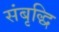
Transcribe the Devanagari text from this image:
संबृद्धि